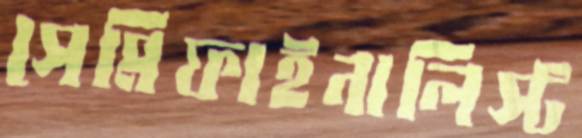
সেমিফাইনালিস্ট